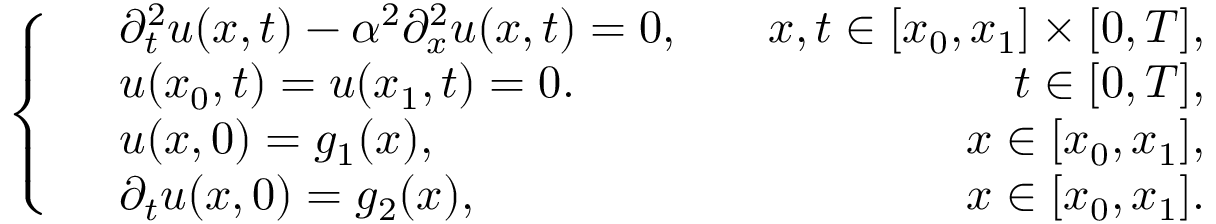
\left\{ \begin{array} { r l r } & { \partial _ { t } ^ { 2 } u ( x , t ) - \alpha ^ { 2 } \partial _ { x } ^ { 2 } u ( x , t ) = 0 , } & { \quad x , t \in [ x _ { 0 } , x _ { 1 } ] \times [ 0 , T ] , } \\ & { u ( x _ { 0 } , t ) = u ( x _ { 1 } , t ) = 0 . } & { \quad t \in [ 0 , T ] , } \\ & { u ( x , 0 ) = g _ { 1 } ( x ) , } & { \quad x \in [ x _ { 0 } , x _ { 1 } ] , } \\ & { \partial _ { t } u ( x , 0 ) = g _ { 2 } ( x ) , } & { \quad x \in [ x _ { 0 } , x _ { 1 } ] . } \end{array} \right.